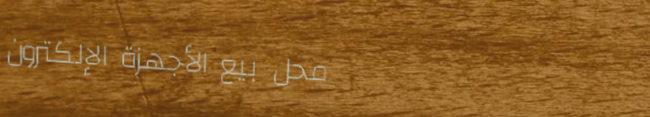
محل بيع الأجهزة الإلكترون